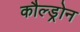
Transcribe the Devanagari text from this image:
कौल्ड्रोन